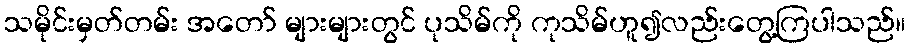
သမိုင်းမှတ်တမ်း အတော် များများတွင် ပုသိမ်ကို ကုသိမ်ဟူ၍လည်းတွေ့ကြပါသည်။